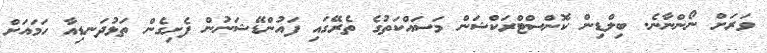
ވަރަށް ނޯންނާނެ. ބިލްޑިން ކޮންސްޓްރަކްޝަން މަސައްކަތުގެ ތެރޭގައި ފައުންޑޭޝަނުން ފެށިގެން ތަޅުދަނޑިއާ ހަމައަށް